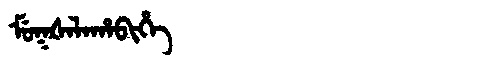
Manchu: ᠮᡠᡴᡧᠠᠯᠠᡥᠠᠪᡳᡥᡝ
Romanization: MUKŠALAHABIHE